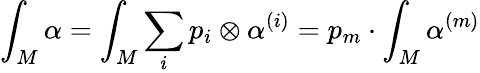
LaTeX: \int_{M}\alpha=\int_{M}\sum_{i}p_{i}\otimes\alpha^{(i)}=p_{m}\cdot\int_{M}\alpha^{(m)}